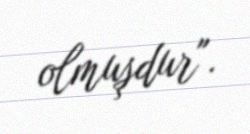
olmuşdur".